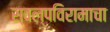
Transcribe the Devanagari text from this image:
स्वल्पविरामाचा